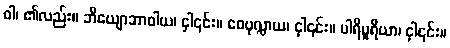
ဝါ၊ ၏လည်း။ ဘိယျောဘာဝါယ၊ ငှါ၎င်း။ ဝေပုလ္လာယ၊ ငှါ၎င်း။ ပါရိပူရိယာ၊ ငှါ၎င်း။